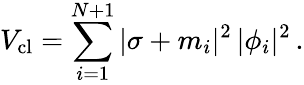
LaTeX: V_{\mathrm{cl}}=\sum_{i=1}^{N+1}|\sigma+m_{i}|^{2}\, |\phi_{i}|^{2}\, .